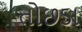
તોછડા